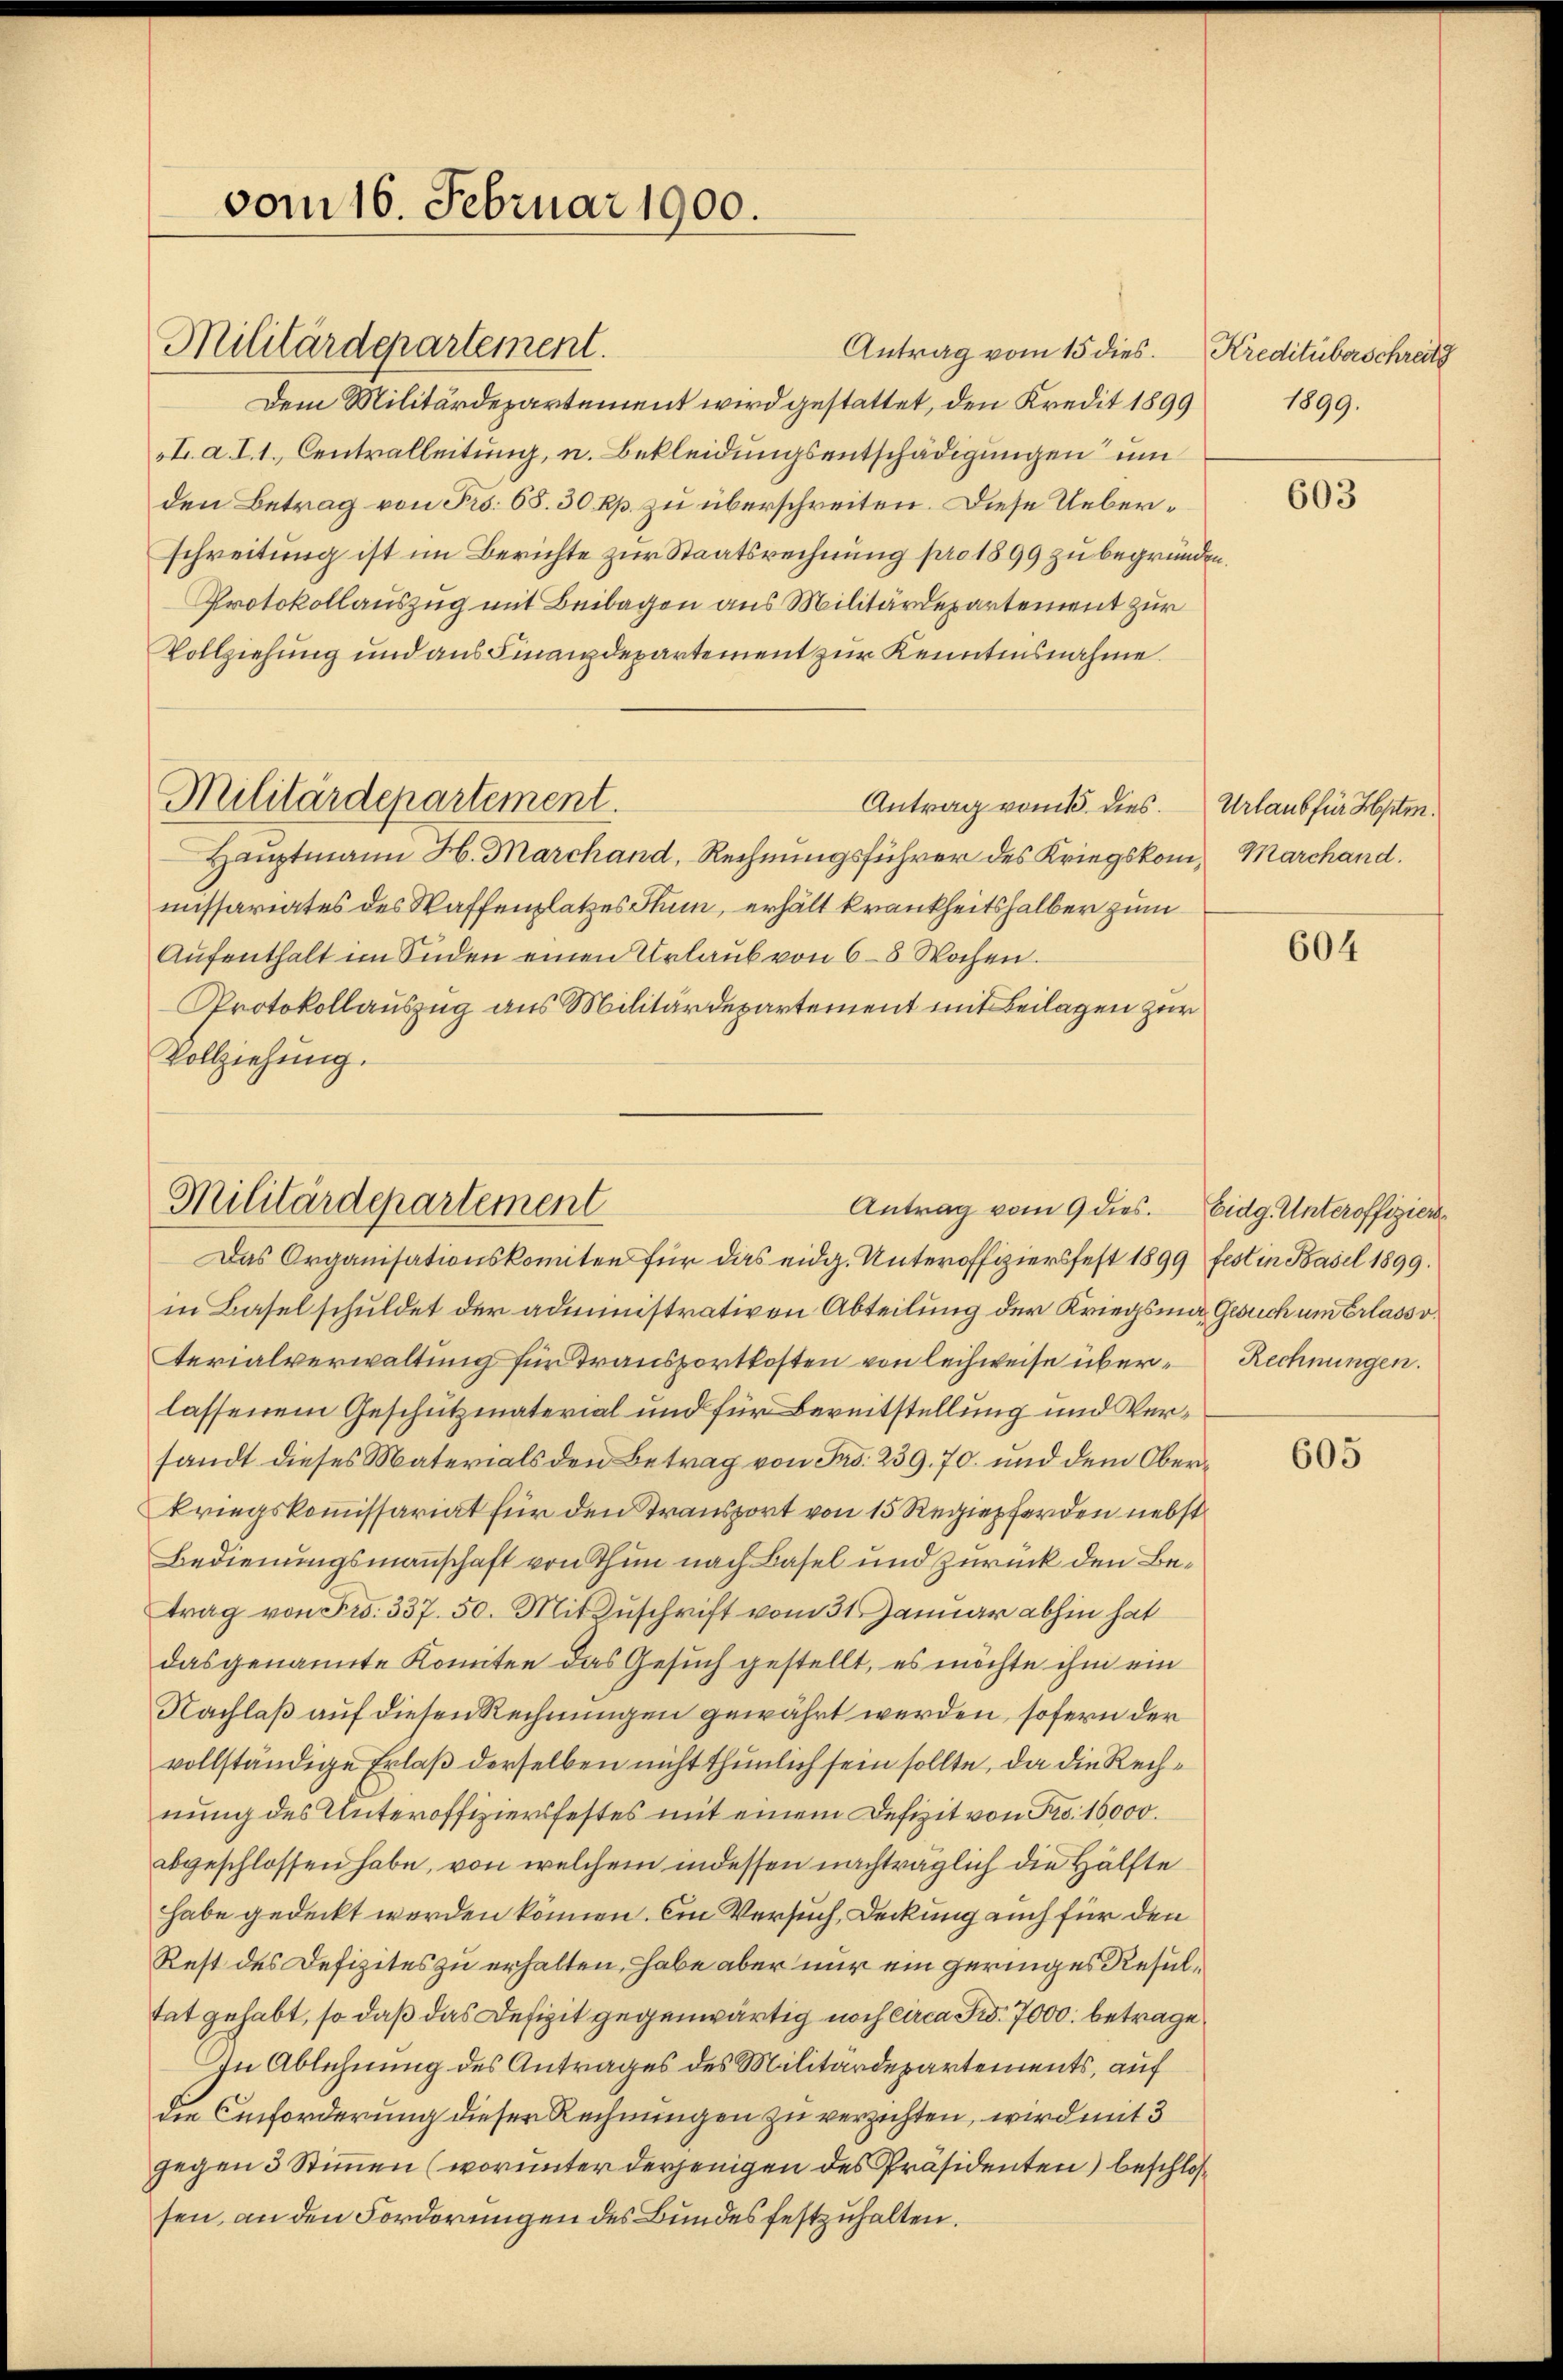
vom 16. Februar 1900.

Militärdepartement.

Antrag vom 15 dies.
Dem Militärdepartement wird gestattet, den Kredit 1899 1899.
I. a. I. 1. Centralleitung, u. Bekleidungsentschädigungen um
den Betrag von Fr. 65. 30 Rp. zu überschreiten. Diese Ueberschreitung ist im Berichte zur Staatsrechnung pro 1899 zu begründen,
Protokollauszug mit Beilagen aus Militärdepartement zur
Vollziehung und aus Finanzdepartement zur Kenntnisnahme
Militärdepartement.
Antrag vom 15. dies.
Hauptmann H. Marchand, Rechnungsführer des Kriegskom, Marchand.
missariates des Waffenplatzes Thun, erhält krankheitshalber zum
Aŭfenthalt im Süden einen Urlaŭb von 6–8 Wochen.
Protokollauszug aus Militärdepartement mit Beilagen zur
Vollziehung.

Militärdepartement
Antrag vom 9 dies.

Das Organisationskomiten für das eidg. Unteroffiziersfest 1899 fest in Basel 1899.
in Basel schuldet der administrativen Abteilung der Kriegsman Gesuch um Erlassoterialverwaltung für Transportkosten von leihweise über-Rechnungen.
lassenem Geschutzmaterial und für Bereitstellung und Versandt dieses Materials den Betrag von Frs. 239. 70. und dem Oberkriegskommissariat für den Transport von 15 Regiepferden nebst
Bedienungsmannschaft von Thun nach Basel und zurück den Betrag von Fr. 337. 50. Mit Zuschrift vom 31. Januar abhin hat
das genannte Komitee das Gesuch gestellt, es möchte ihm ein
Nachlaß auf diesen Rechnungen gewährt werden, sofern der
vollständige Erlaß derselben nicht thunlich sein sollte, da die Rechnung des Unteroffiziersfestes mit einem Defizit von Fro. 16,000.
abgeschlossen habe, von welchem indessen nachträglich die Hälfte
habe gedeckt werden können. Ein Versuch, Deckung auch für den
Rest des Defizites zu erhalten, habe aber nur ein geringes Resultat gehabt, so daß das Defizit gegenwärtig noch circa Fr. 7000. betrage,
In Ablehnung des Antrages des Militärdepartements, auf
die Einforderung dieser Rechnungen zu verzichten, wird mit 3
gegen 3 Stimmen (worunter derjenigen des Präsidenten) beschlossen, an den Forderungen des Bundes festzuhalten.

Kreditüberschreitg

603

Urlaub für Hptm.

604

Eidg. Unteroffiziers

605